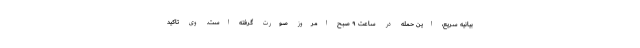
بیانیه سریع، این حمله در ساعت ۹ صبح امروز صورت گرفته است. وی تاکید